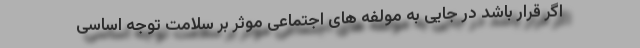
اگر قرار باشد در جایی به مولفه های اجتماعی موثر بر سلامت توجه اساسی